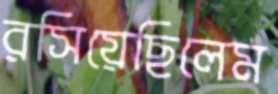
রসিয়েছিলেম